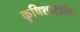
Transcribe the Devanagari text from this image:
कृषिशास्त्रविद्